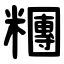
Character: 糰